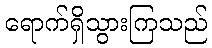
ရောက်ရှိသွားကြသည်